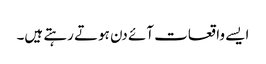
ایسے واقعات آئے دن ہوتے رہتے ہیں۔